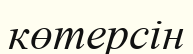
көтерсін